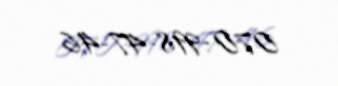
070-998-47-46